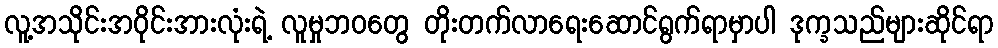
လူ့အသိုင်းအဝိုင်းအားလုံးရဲ့ လူမှုဘဝတွေ တိုးတက်လာရေးဆောင်ရွက်ရာမှာပါ ဒုက္ခသည်များဆိုင်ရာ